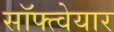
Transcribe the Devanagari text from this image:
सॉफ्त्वेयार